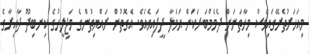
މިއަހަރުތެރޭގައިވެސް މިހާތަނަށް ދެމެމްބަރަކަށް ޙަމަލާ ދީފައިވެއެވެ. އެގޮތުން ރައްޔިތުންގެ މަޖިލީހުގެ ކިނބިދޫ ދާއިރާގެ